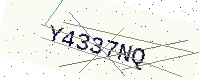
Text: Y4337NQ